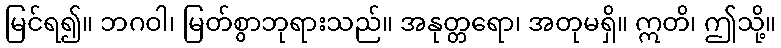
မြင်ရ၍။ ဘဂဝါ၊ မြတ်စွာဘုရားသည်။ အနုတ္တရော၊ အတုမရှိ။ ဣတိ၊ ဤသို့။